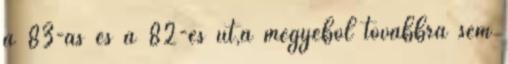
a 83-as és a 82-es út,a megyéből továbbra sem